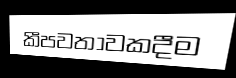
කීපවතාවකදීම